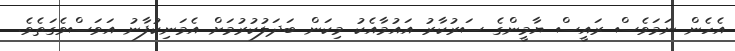
އެހެން ނަމަވެސް ރައީސް ޔާމީންގެ ސަރުކާރު އައުމާއެކު މިކަން ބަދަލުކުރުމަށް އެމަނިކުފާނު އަވަސްވެގަތެވެ.